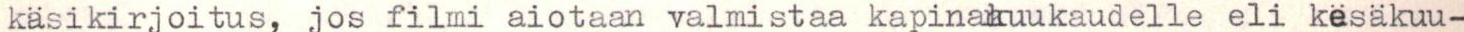
käsikirjoitus, jos filmi aiotaan valmistaa kapinakuukaudelle eli kesäkuu-